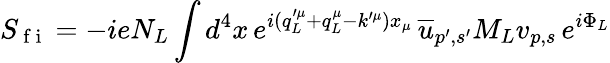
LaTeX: S_{\mathrm{~f~i~}}=-ieN_{L}\int d^{4}x\, e^{i(q_{L}^{\prime\mu}+q_{L}^{\mu}-k^{\prime\mu})x_{\mu}}\, \overline{{u}}_{p^{\prime},s^{\prime}}M_{L}v_{p,s}\, e^{i\Phi_{L}}